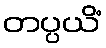
တပ္ပယိံ